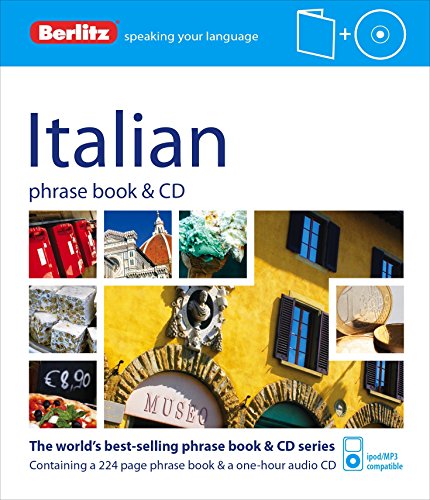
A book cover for Berlitz Italian Phrase Book and CD (Phrase Book & CD); Berlitz Publishing; Travel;